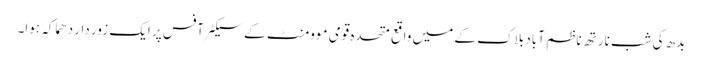
بدھ کی شب نارتھ ناظم آباد بلاک کے میں واقع متحدہ قومی موومنٹ کے سیکٹرآفس پر ایک زور دار دھماکہ ہوا۔